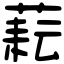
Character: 𦶮